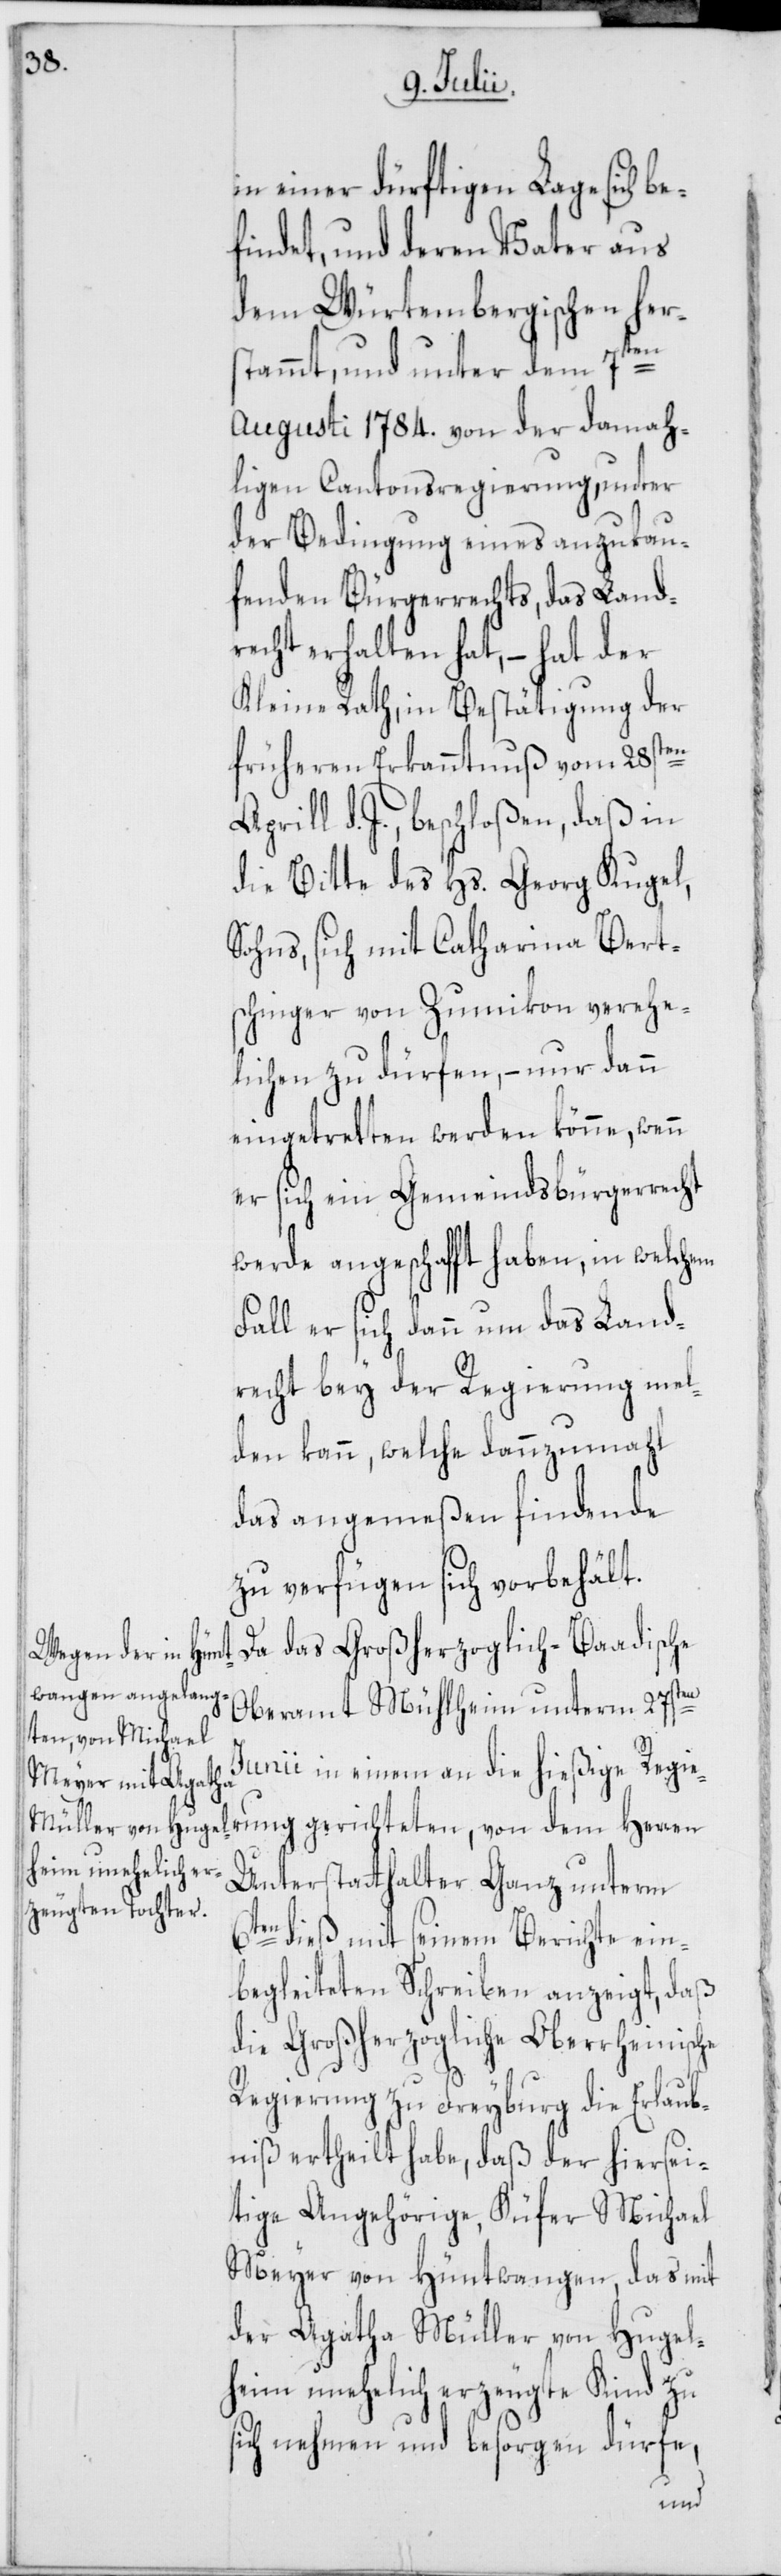
in einer dürftigen Lage sich
findet, und deren Vater aus
dem Würtembergischen her¬
s¬
stammt, und unter dem 7ten
Augusti 1784. von der damah¬
ligen Cantonsregierung, unter
der Bedingung eines anzukau¬
fenden Bürgerrechts, das Land¬
recht erhalten hat, – hat der
Kleine Rath, in Bestätigung der
früheren Erkanntnuß vom 28sten
April d. J., beschloßen, daß in
die Bitte des Hs. Georg Kugel,
Sohns, sich mit Catharina Bert¬
schinger von Zumikon verehe¬
lichen zu dürfen, – nur dann
eingetretten werden könne, wenn
er sich ein Gemeindsbürgerrecht
werde angeschafft haben, in welchem
Fall er sich dann um das Land¬
recht bey der Regierung mel¬
den kann, welche dannzumahl
das angemeßen findende
zu verfügen sich vorbehält.
Da das Großherzoglich-Baadische
Oberamt Mühlheim unterm 27sten
Junii in einem an die hießige Regie¬
Unterstatthalter Ganz unterm
6ten dieß mit seinem Berichte ein¬
begleiteten Schreiben anzeigt, daß
die Großherzogliche Oberrheinische
Regierung zu Freyburg die Erlaub¬
niß ertheilt habe, daß der hiersei¬
tige Angehörige, Küfer Michael
Meyer von Hüntwangen, das mit
der Agatha Müller von Hugel¬
heim unehelich erzeugte Kind zu
ich nehmen und besorgen dürfe,
rung